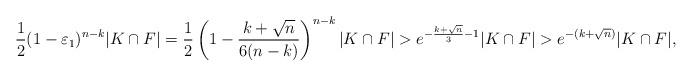
LaTeX: \begin{align*}\frac{1}{2}(1-\varepsilon_1)^{n-k}|K\cap F|=\frac{1}{2}\left (1-\frac{k+\sqrt{n}}{6(n-k)}\right )^{n-k}|K\cap F|>e^{-\frac{k+\sqrt{n}}{3}-1}|K\cap F|>e^{-(k+\sqrt{n})}|K\cap F|,\end{align*}